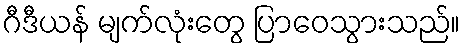
ဂီဒီယန် မျက်လုံးတွေ ပြာဝေသွားသည်။